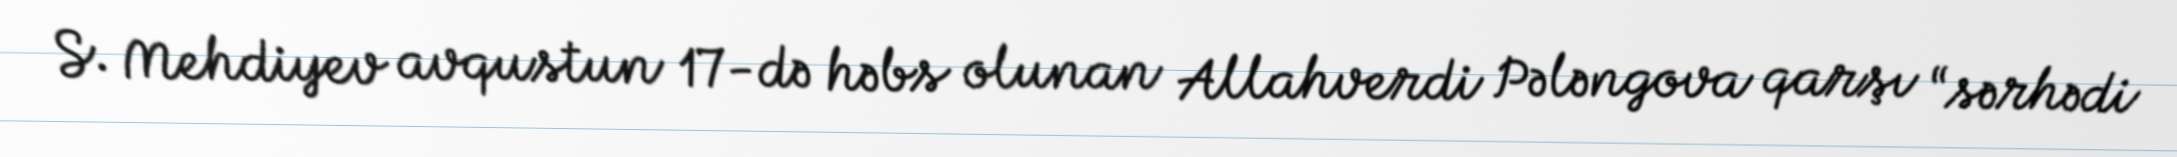
S. Mehdiyev avqustun 17-də həbs olunan Allahverdi Pələngova qarşı “sərhədi